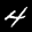
Label: 4